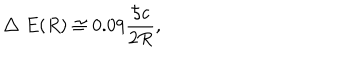
LaTeX: \bigtriangleup E ( R ) \cong 0 . 0 9 { \frac { { \hbar } c } { 2 R } } ,